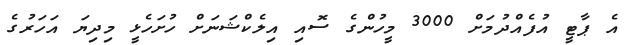
އެ ޕާޓީ އުފެއްދުމަށް 3000 މީހުންގެ ސޮއި އިލެކްޝަނަށް ހުށަހެޅީ މިދިޔަ އަހަރުގެ